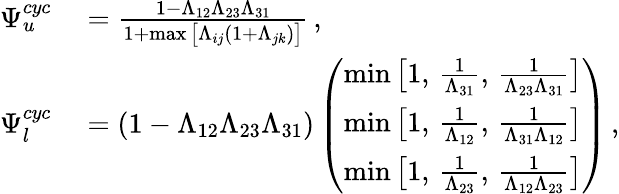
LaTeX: \begin{array}{rl}{\Psi_{u}^{cyc}}&{{}=\frac{1-\Lambda_{12}\Lambda_{23}\Lambda_{31}}{1+\operatorname*{max}\big[\Lambda_{ij}(1+\Lambda_{jk})\big]}\, ,}\\ {\Psi_{l}^{cyc}}&{{}=(1-\Lambda_{12}\Lambda_{23}\Lambda_{31})\left(\begin{array}{l}{\operatorname*{min}\big[1,\, \frac{1}{\Lambda_{31}},\, \frac{1}{\Lambda_{23}\Lambda_{31}}\big]}\\ {\operatorname*{min}\big[1,\, \frac{1}{\Lambda_{12}},\, \frac{1}{\Lambda_{31}\Lambda_{12}}\big]}\\ {\operatorname*{min}\big[1,\, \frac{1}{\Lambda_{23}},\, \frac{1}{\Lambda_{12}\Lambda_{23}}\big]}\end{array}\right)\, ,}\end{array}